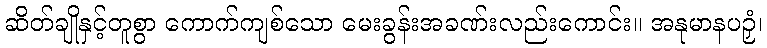
ဆိတ်ချိုနှင့်တူစွာ ကောက်ကျစ်သော မေးခွန်းအခဏ်းလည်းကောင်း။ အနုမာနပဉှံ၊